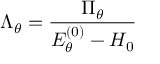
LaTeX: \Lambda _ { \theta } = \frac { \Pi _ { \theta } } { E _ { \theta } ^ { ( 0 ) } - H _ { 0 } }